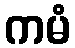
ကမံ